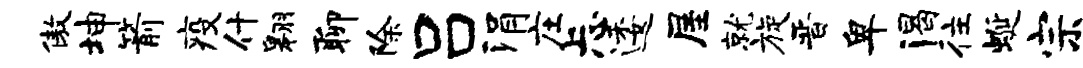
傲坤箭疫什翱聊除吕涓庄忐逶屋就旋晋卑渴往蜒宗